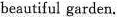
beautiful garden.